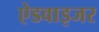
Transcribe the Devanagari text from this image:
ऐडवाइजर